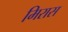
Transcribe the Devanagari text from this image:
मिरास